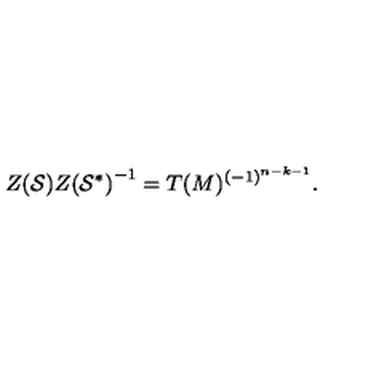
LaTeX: { Z ( { \cal S } ) } { Z ( { \cal S } ^ { * } ) } ^ { - 1 } = T ( M ) ^ { ( - 1 ) ^ { n - k - 1 } } .